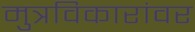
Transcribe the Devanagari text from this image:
मुत्रविकारांवर